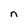
Character: n